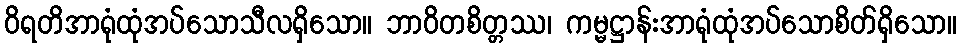
ဝိရတိအာရုံထုံအပ်သောသီလရှိသော။ ဘာဝိတစိတ္တဿ၊ ကမ္မဋ္ဌာန်းအာရုံထုံအပ်သောစိတ်ရှိသော။